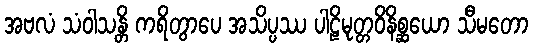
အဗလံ သံဝါသန္တိ ကရိတွာပေ အသိပ္ပဿ ပါဠိမုတ္တဝိနိစ္ဆယော သီမတော